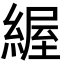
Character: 䌂